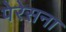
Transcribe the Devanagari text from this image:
पेरेसना